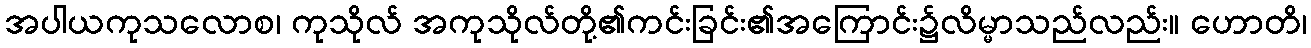
အပါယကုသလောစ၊ ကုသိုလ် အကုသိုလ်တို့၏ကင်းခြင်း၏အကြောင်း၌လိမ္မာသည်လည်း။ ဟောတိ၊